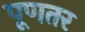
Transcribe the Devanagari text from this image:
पूणतर